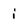
Character: i